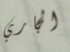
الجاري